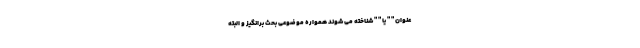
عنوان " " یا " " شناخته می شوند همواره موضوعی بحث برانگیز و البته